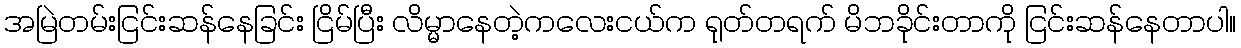
အမြဲတမ်းငြင်းဆန်နေခြင်း ငြိမ်ပြီး လိမ္မာနေတဲ့ကလေးငယ်က ရုတ်တရက် မိဘခိုင်းတာကို ငြင်းဆန်နေတာပါ။